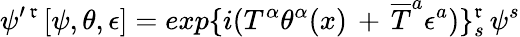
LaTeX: \psi^{\prime\, \mathfrak{r}\, }[\psi,\theta,\epsilon]=exp\{ i(T^{\alpha}\theta^{\alpha}(x)\, +\, {\overline{{{T}}}}^{a}\epsilon^{a})\} _{s}^{\mathfrak{r}}\, \psi^{s}